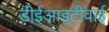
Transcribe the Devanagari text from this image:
डीईआइटीवाई